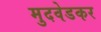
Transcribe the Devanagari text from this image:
मुदवेडकर